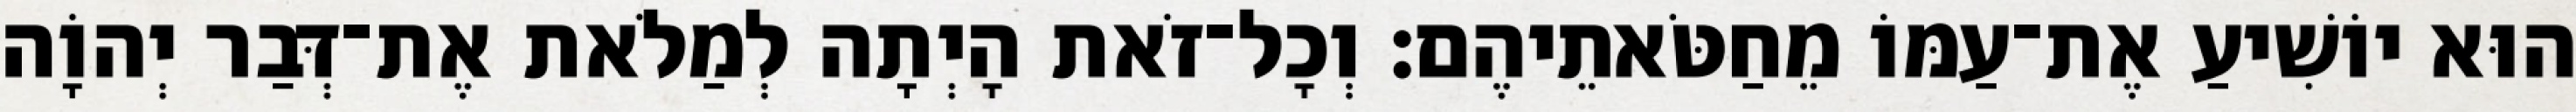
הוּא יוֹשִׁיעַ אֶת־עַמּוֹ מֵחַטֹּאתֵיהֶם׃ וְכָל־זֹאת הָיְתָה לְמַלֹאת אֶת־דְּבַר יְהוָֹה